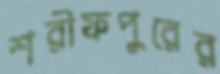
শরীফপুরের